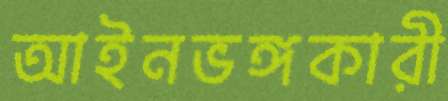
আইনভঙ্গকারী